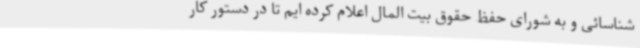
شناسائی و به شورای حفظ حقوق بیت المال اعلام کرده ایم تا در دستور کار